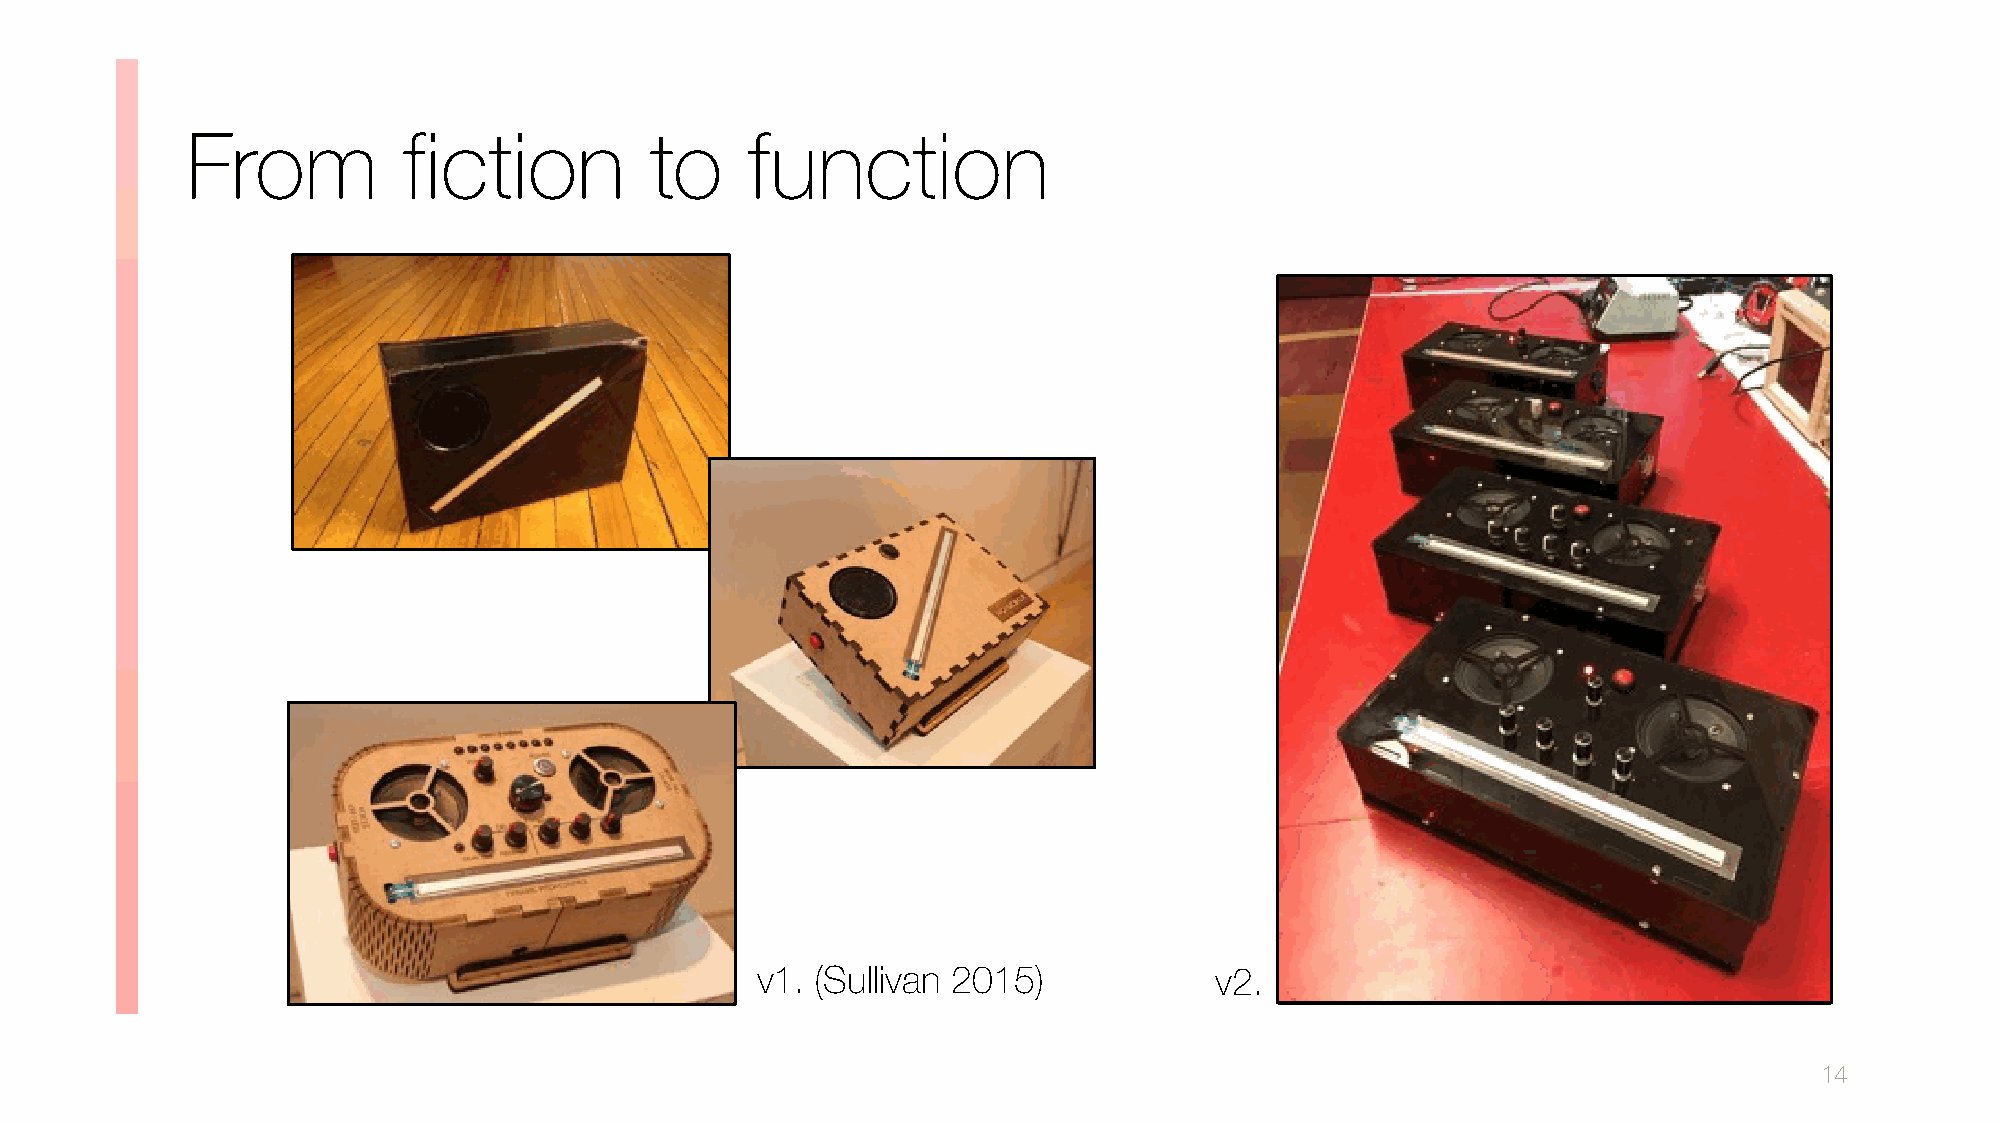
From           fiction         to    function
 v1. (Sullivan 2015)           v2.
 14